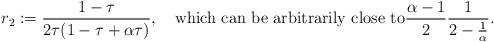
LaTeX: \begin{align*} r_2 :=\frac{1-\tau}{2 \tau (1 - \tau + \alpha\tau ) }, \quad\mbox{which can be arbitrarily close to} \frac{\alpha-1}{2} \frac{1}{2 - \frac{1}{\alpha}}.\end{align*}